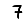
Digit: 7